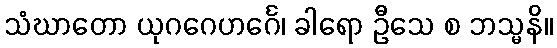
သံဃာတော ယုဂဂေဟင်္ဂေ၊ ခါရော ဦသေ စ ဘသ္မနိ။